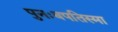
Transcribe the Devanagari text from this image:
पुनःबपतिस्मा